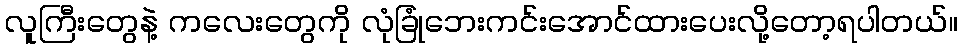
လူကြီးတွေနဲ့ ကလေးတွေကို လုံခြုံဘေးကင်းအောင်ထားပေးလို့တော့ရပါတယ်။